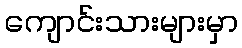
ကျောင်းသားများမှာ